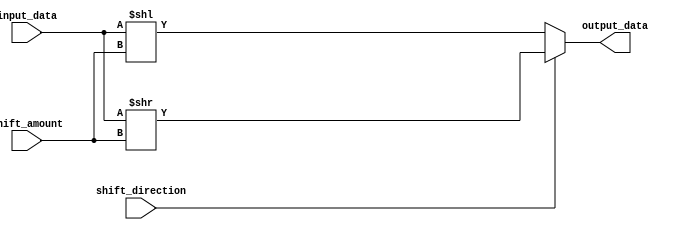
module barrel_shifter(
    input [7:0] input_data,
    input [2:0] shift_amount,
    input shift_direction,
    output reg [7:0] output_data
);

always @(*)
begin
    if(shift_direction == 1'b0) // left shift
        output_data = input_data << shift_amount;
    else // right shift
        output_data = input_data >> shift_amount;
end

endmodule